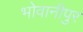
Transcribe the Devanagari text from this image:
भोवानीपुर